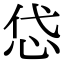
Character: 𢘋